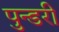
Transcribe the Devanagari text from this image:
पुन्डरी